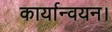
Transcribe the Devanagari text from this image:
कार्यान्‍वयन।